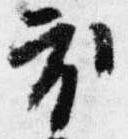
衣